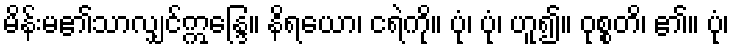
မိန်းမ၏သာလျှင်ဣန္ဒြေ။ နိရယော၊ ငရဲကို။ ပုံ၊ ပုံ၊ ဟူ၍။ ဝုစ္စတိ၊ ၏။ ပုံ၊